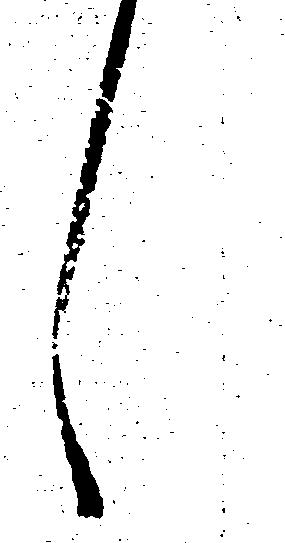
し